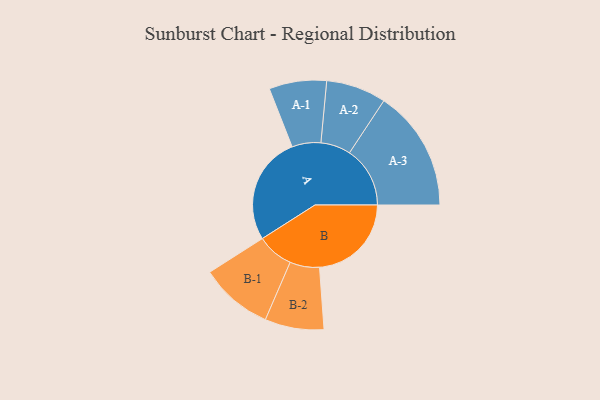
{"axis": {"x": "Segment", "y": "Value"}, "legend": ["", "A", "B"], "data": [{"x": "A", "y": 418, "type": ""}, {"x": "B", "y": 355, "type": ""}, {"x": "A-1", "y": 111, "type": "A"}, {"x": "A-2", "y": 116, "type": "A"}, {"x": "A-3", "y": 234, "type": "A"}, {"x": "B-1", "y": 141, "type": "B"}, {"x": "B-2", "y": 114, "type": "B"}]}